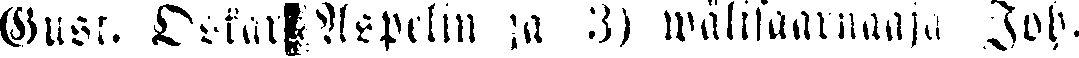
Gust. oskar Aspelin ja 3) wälisaarnaaja Job.